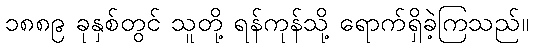
၁၈၈၉ ခုနှစ်တွင် သူတို့ ရန်ကုန်သို့ ရောက်ရှိခဲ့ကြသည်။